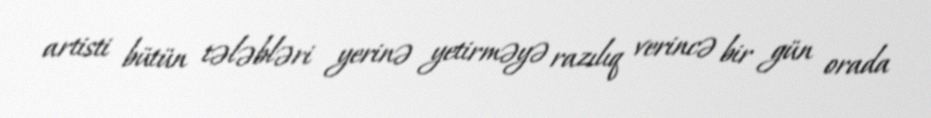
artisti bütün tələbləri yerinə yetirməyə razılıq verincə bir gün orada